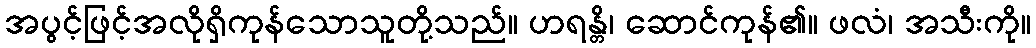
အပွင့်ဖြင့်အလိုရှိကုန်သောသူတို့သည်။ ဟရန္တိ၊ ဆောင်ကုန်၏။ ဖလံ၊ အသီးကို။